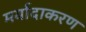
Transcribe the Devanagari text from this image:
मर्यादाकरण